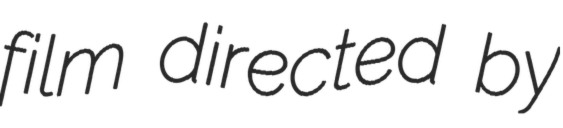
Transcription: film directed by